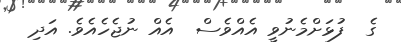
ގެ  ފުޅަށްމެނުވީ އެއްވެސް  އެއް ނުޖެހެއެވެ. އަދި